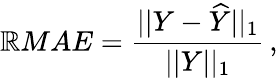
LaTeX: \mathbb{R}MAE=\frac{{||Y-\widehat{{Y}}||_{1}}}{{||Y||_{1}}}\, ,